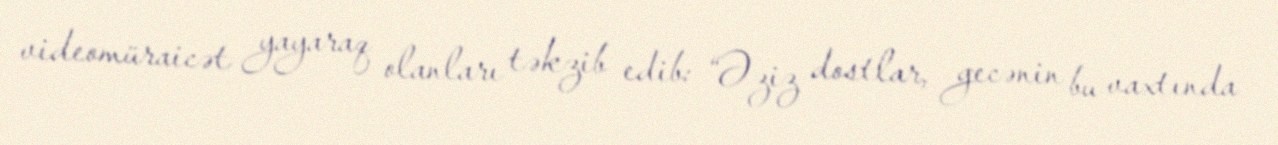
videomüraicət yayaraq olanları təkzib edib: “Əziz dostlar, gecənin bu vaxtında